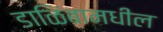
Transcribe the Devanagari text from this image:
डाळिंबामधील